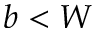
b < W